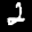
Label: 2